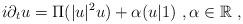
LaTeX: \begin{align*}i\partial _t u=\Pi(\vert u\vert ^2u)+\alpha(u|1)\ ,\alpha\in\mathbb{R}\ ,\end{align*}